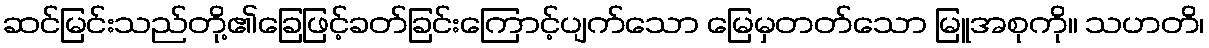
ဆင်မြင်းသည်တို့၏ခြေဖြင့်ခတ်ခြင်းကြောင့်ပျက်သော မြေမှတတ်သော မြူအစုကို။ သဟတိ၊